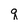
Character: q